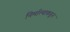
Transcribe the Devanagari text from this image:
निर्मात्याकडून